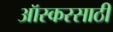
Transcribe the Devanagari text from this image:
ऑस्करसाठी